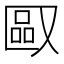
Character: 𪠯